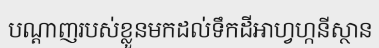
បណ្តាញរបស់ខ្លួនមកដល់ទឹកដីអាហ្វហ្កនីស្ថាន